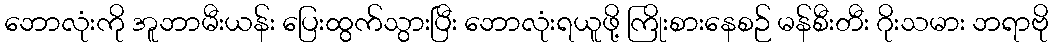
ဘောလုံးကို အူဘာမီးယန်း ပြေးထွက်သွားပြီး ဘောလုံးရယူဖို့ ကြိုးစားနေစဉ် မန်စီးတီး ဂိုးသမား ဘရာဗို